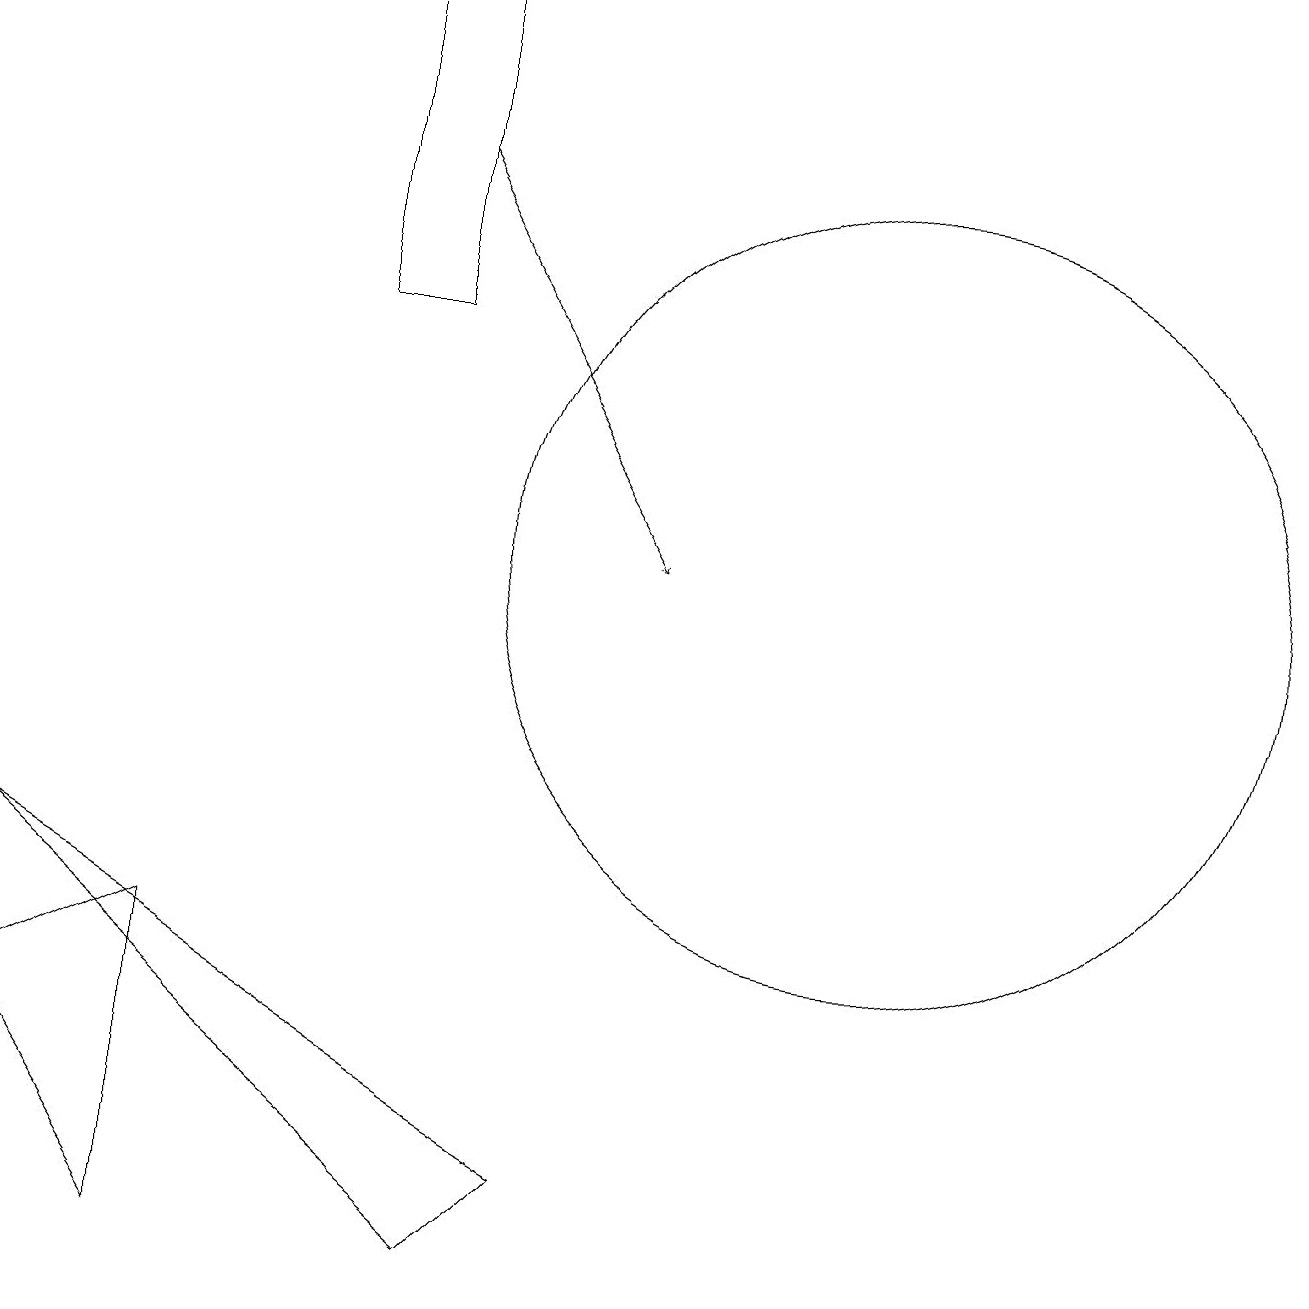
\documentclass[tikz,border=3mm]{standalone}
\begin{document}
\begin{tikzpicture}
\draw (2,2) -- (0,5) -- (2,6) -- cycle;
\draw (7,3) -- (0,7) -- (6,2) -- cycle;
\draw (11,11) circle (5);
\draw[->] (5,16) -- (8,11);
\draw (4,18) rectangle (5,14);
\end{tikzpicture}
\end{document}